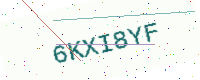
Text: 6KXI8YF